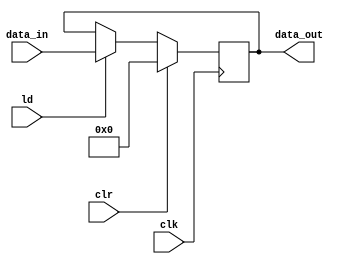
module reg_nb_sclr (
    input wire [n-1:0] data_in,
    input wire clk, 
	input wire clr, 
	input wire ld, 
    output reg [n-1:0] data_out  ); 

    parameter n = 8; 
    
    always @(posedge clk)
    begin 
       if (clr == 1)       // asynch clr
          data_out <= 0;
       else if (ld == 1)   // synch load
          data_out <= data_in; 
    end
    
endmodule